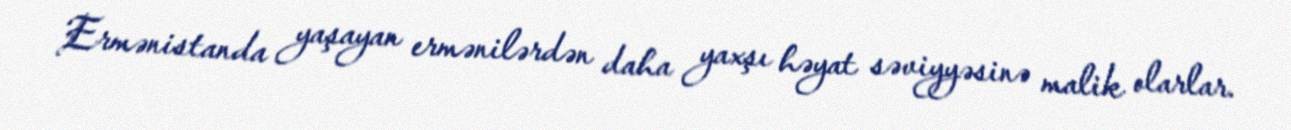
Ermənistanda yaşayan ermənilərdən daha yaxşı həyat səviyyəsinə malik olarlar.